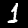
Digit: 1